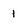
Character: 1